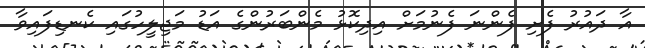
އާ ދައުރު ފެށި ފެންނަ ފެނުމަށް އިދިކޮޅު މެންބަރުންގެ އަޑު މަޖިލީހުގައި ކެނޑިފައިވާ